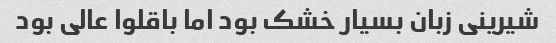
شیرینی زبان بسیار خشک بود اما باقلوا عالی بود